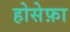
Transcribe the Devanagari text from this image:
होसेफ़ा